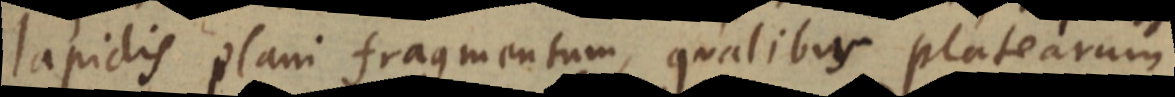
lapidis plani fragmentum, qualibus platearum